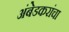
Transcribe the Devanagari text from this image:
अंबेडकरांचा